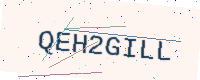
Text: QEH2GILL